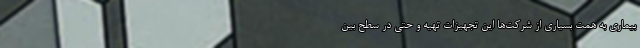
بیماری به همت بسیاری از شرکت‌ها این تجهیزات تهیه و حتی در سطح بین